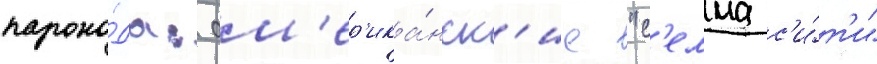
парохо́да: ам'ер'ика́нск'ие "с'елма с'и́т'и"